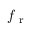
f _ { \mathrm { ~ r ~ } }